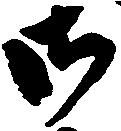
御